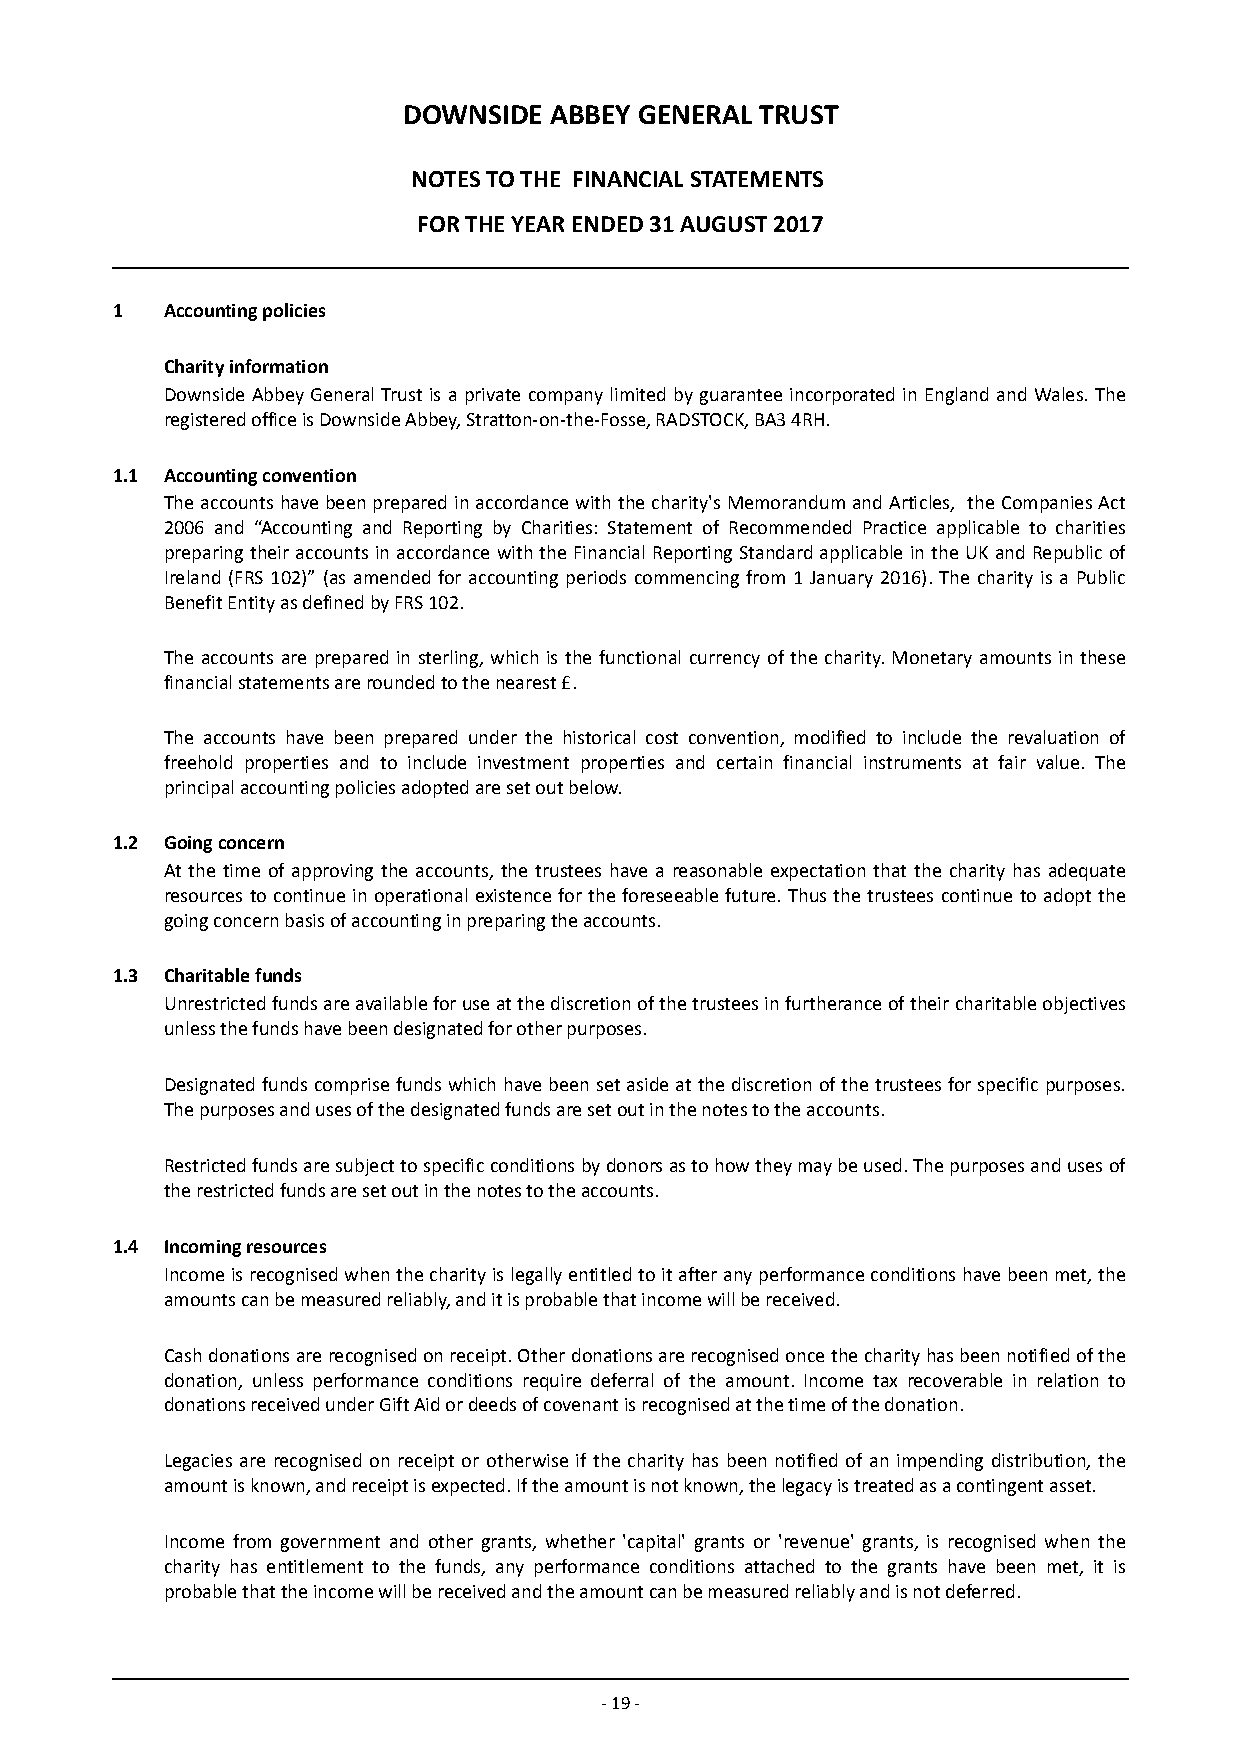
DOWNSIDE ABBEY GENERAL TRUST
 NOTES TO THE FINANCIAL STATEMENTS
 FOR THE YEAR ENDED 31 AUGUST 2017
 1   Accounting policies
 Charity information
 Downside Abbey General Trust is a private company limited by guarantee incorporated in England and Wales. The
 registered office is Downside Abbey, Stratton-on-the-Fosse, RADSTOCK, BA3 4RH.
 1.1 Accounting convention
 The accounts have been prepared in accordance with the charity's Memorandum and Articles, the Companies Act
 2006 and “Accounting and Reporting by Charities: Statement of Recommended Practice applicable to charities
 preparing their accounts in accordance with the Financial Reporting Standard applicable in the UK and Republic of
 Ireland (FRS 102)” (as amended for accounting periods commencing from 1 January 2016). The charity is a Public
 Benefit Entity as defined by FRS 102.
 The accounts are prepared in sterling, which is the functional currency of the charity. M onetary am ounts i n these
 financial statements are r ounded to the nearest £.
 The accounts have been prepared under the historical cost convention, modified to include the revaluation of
 freehold properties and to include investment properties and certain financial instruments at fair value. The
 principal accounting policies adopted are set out below.
 1.2 Going concern
 At the time of approving the accounts, the trustees have a reasonable expectation that the charity has adequate
 resources to continue in operational existence for the foreseeable future. Thus the trustees c ontinue t o adopt the
 going concern basis of accounting in preparing the accounts.
 1.3 Charitable funds
 Unrestricted funds are available for use at the discretion of the trustees in furtherance of their charitable objectives
 unless the funds have been designated for other purposes.
 Designated funds comprise funds which have been set aside at the discretion of the trustees for specific purposes.
 The purposes and uses of the designated funds are set out in the notes to the accounts.
 Restricted funds are subject to specific conditions by donors as to how they may be used. The purposes and uses of
 the restricted funds are set out in the notes to the accounts.
 1.4 Incoming resources
 Income is recognised when the charity is legally entitled to it after any performance conditions have been met, the
 amounts can be measured reliably, and it is probable that income will be received.
 Cash donations are recognised on receipt. Other donations are recognised once the charity has been notified of the
 donation, unless performance conditions require deferral of the amount. Income tax recoverable in relation to
 donations received under Gift Aid or deeds of covenant is recognised at the time of the donation.
 Legacies are recognised on receipt or otherwise if the charity has been notified of an impending distribution, the
 amount is known, and receipt is expected. If the amount is not known, the legacy is treated as a contingent asset.
 Income from government and other grants, whether 'capital' grants or 'revenue' grants, is recognised when the
 charity has entitlement to the funds, any performance conditions attached to the grants have been met, it is
 probable that the income will be received and the amount can be measured reliably and is not deferred.
 - 19 -